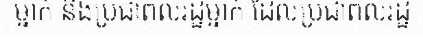
ម្នាក់ និងប្រជាពលរដ្ឋម្នាក់ ដែលប្រជាពលរដ្ឋ